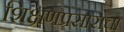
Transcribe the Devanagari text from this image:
शिक्षणप्रसाराचा